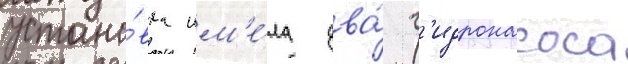
устано́вка им'е́ла два́ г'идронасоса